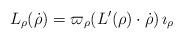
LaTeX: \begin{align*}L_\rho (\dot \rho) = \varpi_\rho ( L'(\rho) \cdot \dot \rho) \, \imath_\rho \end{align*}